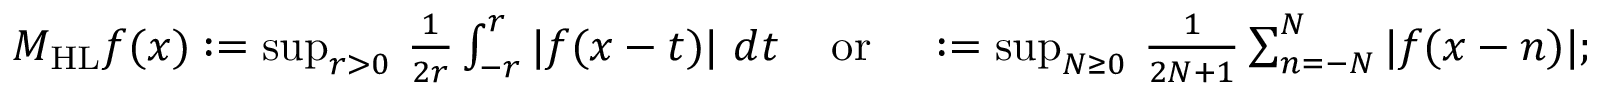
\begin{array} { r } { M _ { \mathrm { H L } } f ( x ) \mathrel { \mathop : } = \operatorname* { s u p } _ { r > 0 } \, \frac { 1 } { 2 r } \int _ { - r } ^ { r } | f ( x - t ) | \ d t \; \; \; \mathrm { ~ o r ~ } \; \; \; \mathrel { \mathop : } = \operatorname* { s u p } _ { N \geq 0 } \, \frac { 1 } { 2 N + 1 } \sum _ { n = - N } ^ { N } | f ( x - n ) | ; } \end{array}